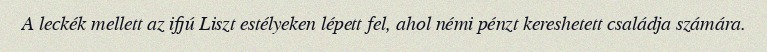
A leckék mellett az ifjú Liszt estélyeken lépett fel, ahol némi pénzt kereshetett családja számára.